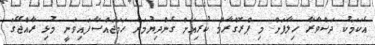
އެކަމަކު ދަސްވާރާ ހިލާފަށް މި ޕްރޮގްރާމް ކުރިއަށް ގެންދިޔުމަށް ހަމަޖައްސާފައިވަނީ މުޅި ރާއްޖޭގަ